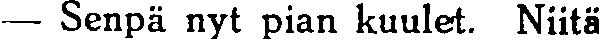
— Senpä nyt pian kuulet. Niitä